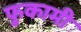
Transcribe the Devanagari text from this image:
फुकामी